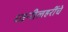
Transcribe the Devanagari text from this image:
ध्वनीलहरींचे